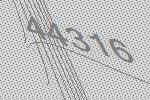
44316